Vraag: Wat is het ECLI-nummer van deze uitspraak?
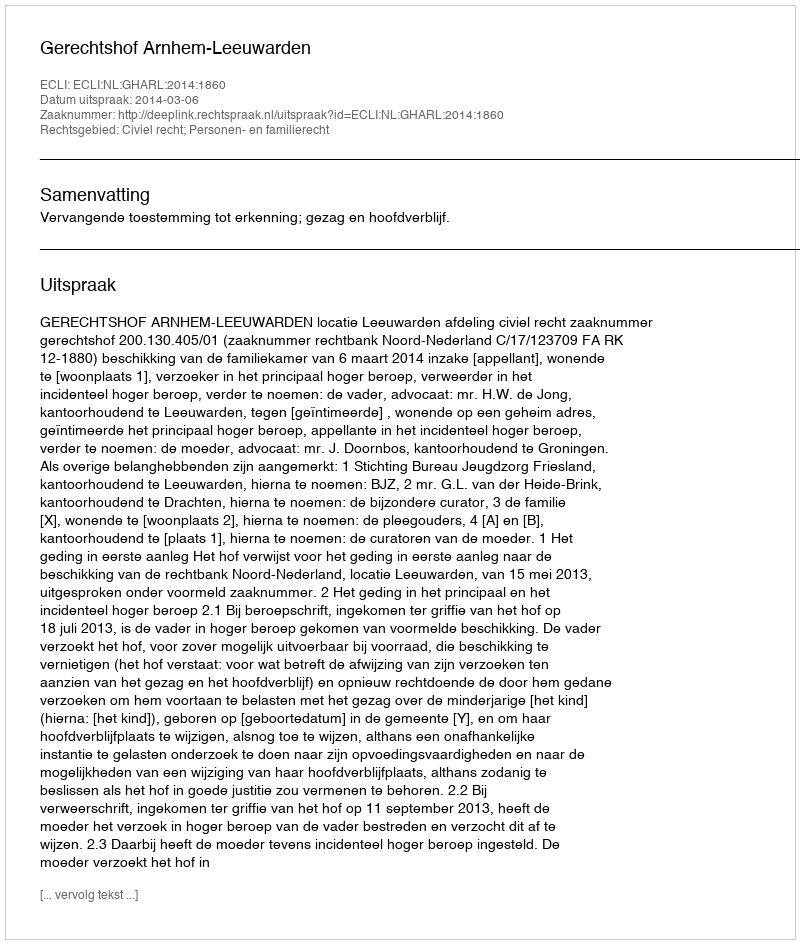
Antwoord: ECLI:NL:GHARL:2014:1860